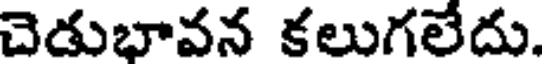
చెడుభావన కలుగలేదు.